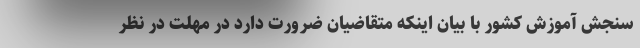
سنجش آموزش کشور با بیان اینکه متقاضیان ضرورت دارد در مهلت در نظر